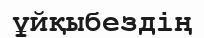
ұйқыбездің